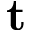
\mathbf { t }